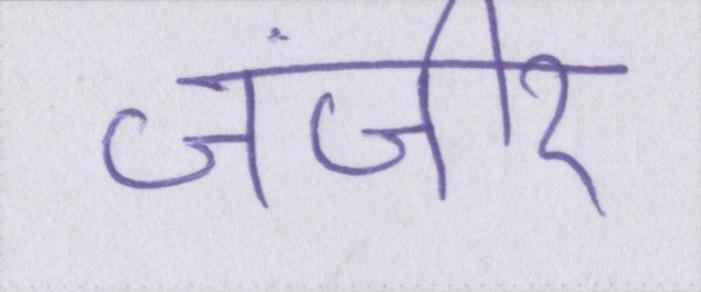
जंजीर